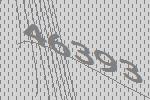
46393